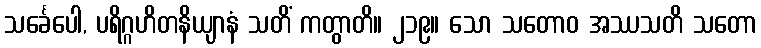
သင်္ခေပေါ, ပရိဂ္ဂဟိတနိယျာနံ သတိံ ကတွာတိ။ ၂၁၉။ သော သတောဝ အဿသတိ သတော